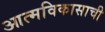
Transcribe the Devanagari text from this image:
आत्मविकासाची